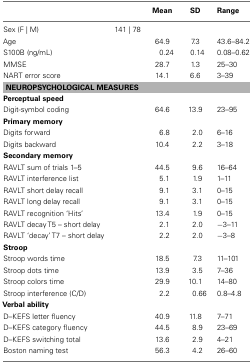
<table><thead><tr><td></td><td></td><td><b>Mean</b></td><td><b>SD</b></td><td><b>Range</b></td></tr></thead><tbody><tr><td>Sex (F | M)</td><td>141 | 78</td><td></td><td></td><td></td></tr><tr><td>Age</td><td></td><td>64.9</td><td>7.3</td><td>43.6–84.2</td></tr><tr><td>S100B (ng/mL)</td><td></td><td>0.24</td><td>0.14</td><td>0.08–0.62</td></tr><tr><td>MMSE</td><td></td><td>28.7</td><td>1.3</td><td>25–30</td></tr><tr><td>NART error score</td><td></td><td>14.1</td><td>6.6</td><td>3–39</td></tr><tr><td colspan="5"><b>NEUROPSYCHOLOGICAL MEASURES</b></td></tr><tr><td><b>Perceptual speed</b></td></tr><tr><td>Digit-symbol coding</td><td></td><td>64.6</td><td>13.9</td><td>23–95</td></tr><tr><td><b>Primary memory</b></td></tr><tr><td>Digits forward</td><td></td><td>6.8</td><td>2.0</td><td>6–16</td></tr><tr><td>Digits backward</td><td></td><td>10.4</td><td>2.2</td><td>3–18</td></tr><tr><td><b>Secondary memory</b></td></tr><tr><td>RAVLT sum of trials 1–5</td><td></td><td>44.5</td><td>9.6</td><td>16–64</td></tr><tr><td>RAVLT interference list</td><td></td><td>5.1</td><td>1.9</td><td>1–11</td></tr><tr><td>RAVLT short delay recall</td><td></td><td>9.1</td><td>3.1</td><td>0–15</td></tr><tr><td>RAVLT long delay recall</td><td></td><td>9.1</td><td>3.1</td><td>0–15</td></tr><tr><td>RAVLT recognition ‘Hits’</td><td></td><td>13.4</td><td>1.9</td><td>0–15</td></tr><tr><td>RAVLT decay T5 – short delay</td><td></td><td>2.1</td><td>2.0</td><td>−3–11</td></tr><tr><td>RAVLT ‘decay’ T7 – short delay</td><td></td><td>2.2</td><td>2.0</td><td>−3–8</td></tr><tr><td><b>Stroop</b></td></tr><tr><td>Stroop words time</td><td></td><td>18.5</td><td>7.3</td><td>11–101</td></tr><tr><td>Stroop dots time</td><td></td><td>13.9</td><td>3.5</td><td>7–36</td></tr><tr><td>Stroop colors time</td><td></td><td>29.9</td><td>10.1</td><td>14–80</td></tr><tr><td>Stroop interference (C/D)</td><td></td><td>2.2</td><td>0.66</td><td>0.8–4.8</td></tr><tr><td><b>Verbal ability</b></td></tr><tr><td>D–KEFS letter fluency</td><td></td><td>40.9</td><td>11.8</td><td>7–71</td></tr><tr><td>D–KEFS category fluency</td><td></td><td>44.5</td><td>8.9</td><td>23–69</td></tr><tr><td>D–KEFS switching total</td><td></td><td>13.6</td><td>2.9</td><td>4–21</td></tr><tr><td>Boston naming test</td><td></td><td>56.3</td><td>4.2</td><td>26–60</td></tr></tbody></table>